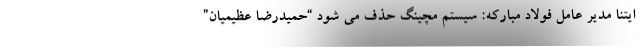
ایتنا مدیر عامل فولاد مبارکه: سیستم مچینگ حذف می شود “حمیدرضا عظیمیان”